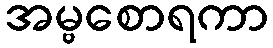
အမ္ဗစောရကာ